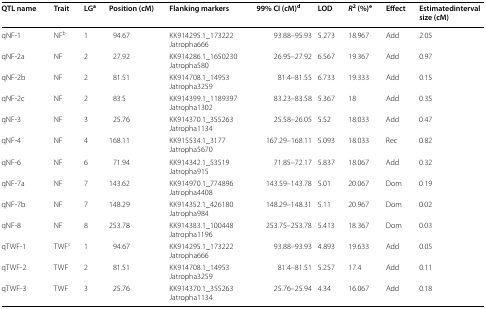
<table><thead><tr><td><b>QTL name</b></td><td><b>Trait</b></td><td><b>LG<sup>a</sup></b></td><td><b>Position (cM)</b></td><td><b>Flanking markers</b></td><td><b>99% CI (cM)<sup>d</sup></b></td><td><b>LOD</b></td><td><b><i>R</i><sup>2</sup> (%)<sup>e</sup></b></td><td><b>Effect</b></td><td><b>Estimatedinterval size (cM)</b></td></tr></thead><tbody><tr><td>qNF-1</td><td>NF<sup>b</sup></td><td>1</td><td>94.67</td><td>KK914295.1_173222Jatropha666</td><td>93.88–95.93</td><td>5.273</td><td>18.967</td><td>Add</td><td>2.05</td></tr><tr><td>qNF-2a</td><td>NF</td><td>2</td><td>27.92</td><td>KK914286.1_1650230Jatropha580</td><td>26.95–27.92</td><td>6.567</td><td>19.367</td><td>Add</td><td>0.97</td></tr><tr><td>qNF-2b</td><td>NF</td><td>2</td><td>81.51</td><td>KK914708.1_14953Jatropha3259</td><td>81.4–81.55</td><td>6.733</td><td>19.333</td><td>Add</td><td>0.15</td></tr><tr><td>qNF-2c</td><td>NF</td><td>2</td><td>83.5</td><td>KK914399.1_1189397Jatropha1302</td><td>83.23–83.58</td><td>5.367</td><td>18</td><td>Add</td><td>0.35</td></tr><tr><td>qNF-3</td><td>NF</td><td>3</td><td>25.76</td><td>KK914370.1_355263Jatropha1134</td><td>25.58–26.05</td><td>5.52</td><td>18.033</td><td>Add</td><td>0.47</td></tr><tr><td>qNF-4</td><td>NF</td><td>4</td><td>168.11</td><td>KK915534.1_3177Jatropha5670</td><td>167.29–168.11</td><td>5.093</td><td>18.033</td><td>Rec</td><td>0.82</td></tr><tr><td>qNF-6</td><td>NF</td><td>6</td><td>71.94</td><td>KK914342.1_53519Jatropha915</td><td>71.85–72.17</td><td>5.837</td><td>18.067</td><td>Add</td><td>0.32</td></tr><tr><td>qNF-7a</td><td>NF</td><td>7</td><td>143.62</td><td>KK914970.1_774896Jatropha4408</td><td>143.59–143.78</td><td>5.01</td><td>20.067</td><td>Dom</td><td>0.19</td></tr><tr><td>qNF-7b</td><td>NF</td><td>7</td><td>148.29</td><td>KK914352.1_426180Jatropha984</td><td>148.29–148.31</td><td>5.11</td><td>20.967</td><td>Dom</td><td>0.02</td></tr><tr><td>qNF-8</td><td>NF</td><td>8</td><td>253.78</td><td>KK914383.1_100448Jatropha1196</td><td>253.75–253.78</td><td>5.413</td><td>18.367</td><td>Dom</td><td>0.03</td></tr><tr><td>qTWF-1</td><td>TWF<sup>c</sup></td><td>1</td><td>94.67</td><td>KK914295.1_173222Jatropha666</td><td>93.88–93.93</td><td>4.893</td><td>19.633</td><td>Add</td><td>0.05</td></tr><tr><td>qTWF-2</td><td>TWF</td><td>2</td><td>81.51</td><td>KK914708.1_14953Jatropha3259</td><td>81.4–81.51</td><td>5.257</td><td>17.4</td><td>Add</td><td>0.11</td></tr><tr><td>qTWF-3</td><td>TWF</td><td>3</td><td>25.76</td><td>KK914370.1_355263Jatropha1134</td><td>25.76–25.94</td><td>4.34</td><td>16.067</td><td>Add</td><td>0.18</td></tr></tbody></table>